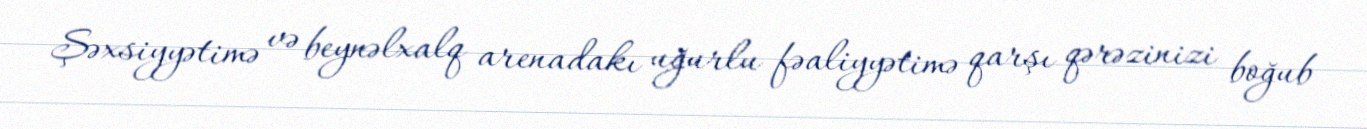
Şəxsiyyətimə və beynəlxalq arenadakı uğurlu fəaliyyətimə qarşı qərəzinizi boğub